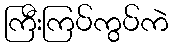
ကြီးကြပ်ကွပ်ကဲ